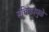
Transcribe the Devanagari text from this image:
संचिकांमुळे